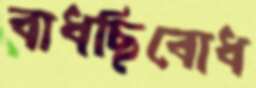
বাধছিবোধ